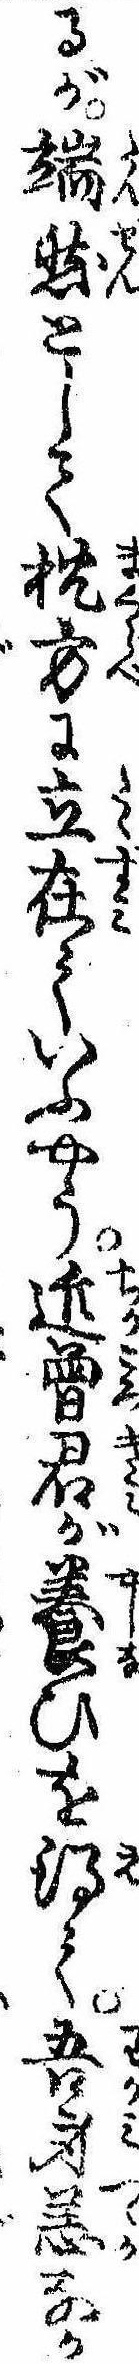
るが端然として枕方に立在ていふやう近曽君が養ひを得て吾身恙なか